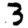
Digit: 3